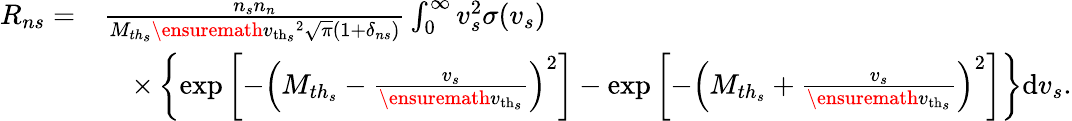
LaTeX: \begin{array}{rl}{R_{ns}=}&{\frac{n_{s}n_{n}}{M_{th_{s}}\ensuremath{v_{\mathrm{th}_{s}}}^{2}\sqrt{\pi}(1+\delta_{ns})}\int_{0}^{\infty}v_{s}^{2}\sigma(v_{s})}\\ &{\quad\times\left\lbrace\exp\left[-\left(M_{th_{s}}-\frac{v_{s}}{\ensuremath{v_{\mathrm{th}_{s}}}}\right)^{2}\right]-\exp\left[-\left(M_{th_{s}}+\frac{v_{s}}{\ensuremath{v_{\mathrm{th}_{s}}}}\right)^{2}\right]\right\rbrace\mathrm{d}v_{s}.}\end{array}